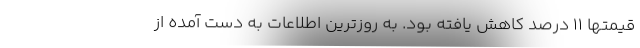
قیمتها ۱۱ درصد کاهش یافته بود. به روزترین اطلاعات به دست آمده از